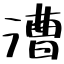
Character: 漕